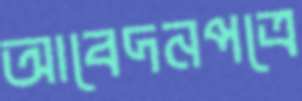
আবেদনপত্রে